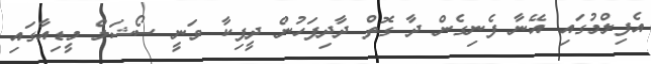
އެފިލްމުގައި އޭނާ ފެނިގެން ދާ ގޮތް ދާދިފަހުން ދީޕިކާ ވަނީ ސޯޝަލް މީޑިއާގައި